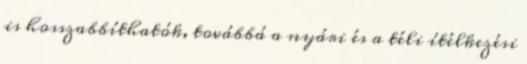
is hosszabbíthatók, továbbá a nyári és a téli ítélkezési